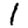
Digit: 1